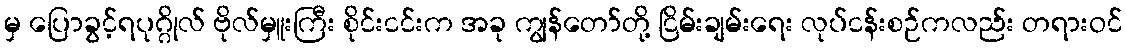
မှ ပြောခွင့်ရပုဂ္ဂိုလ် ဗိုလ်မှူးကြီး စိုင်းငင်းက အခု ကျွန်တော်တို့ ငြိမ်းချမ်းရေး လုပ်ငန်းစဉ်ကလည်း တရားဝင်